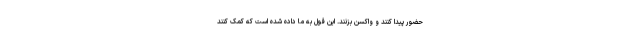
حضور پیدا کنند و واکسن بزنند. این قول به ما داده شده است که کمک کنند